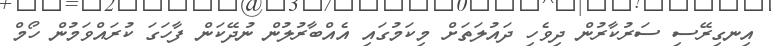
އިނގިރޭސި ސަރުކާރުން ދިވެހި ދައުލަތަށް މިކަމުގައި އެއްބާރުލުން ނުދޭކަން ފާހަގަ ކުރައްވަމުން ހޯމް